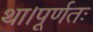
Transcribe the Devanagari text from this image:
था।पूर्णतः